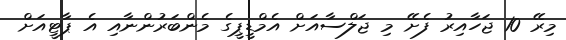
މިރޭ 10 ޖަހާއިރު ފެށޭ މި ޖަލްސާއަށް އެމްޑީޕީގެ މެންބަރުންނާއި އެ ޕާޓީއަށް